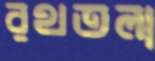
রথতলা